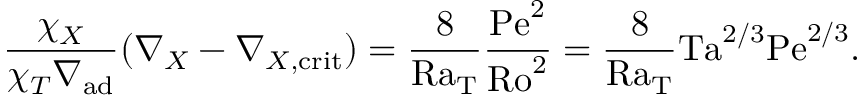
{ \frac { \chi _ { X } } { \chi _ { T } \nabla _ { \mathrm { a d } } } } ( \nabla _ { X } - \nabla _ { X , \mathrm { c r i t } } ) = { \frac { 8 } { \mathrm { R a _ { T } } } } { \frac { \mathrm { P e } ^ { 2 } } { \mathrm { R o } ^ { 2 } } } = { \frac { 8 } { \mathrm { R a _ { T } } } } \mathrm { T a } ^ { 2 / 3 } \mathrm { P e } ^ { 2 / 3 } .